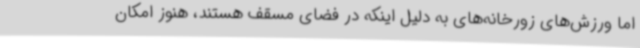
اما ورزش‌های زورخانه‌های به دلیل اینکه در فضای مسقف هستند، هنوز امکان